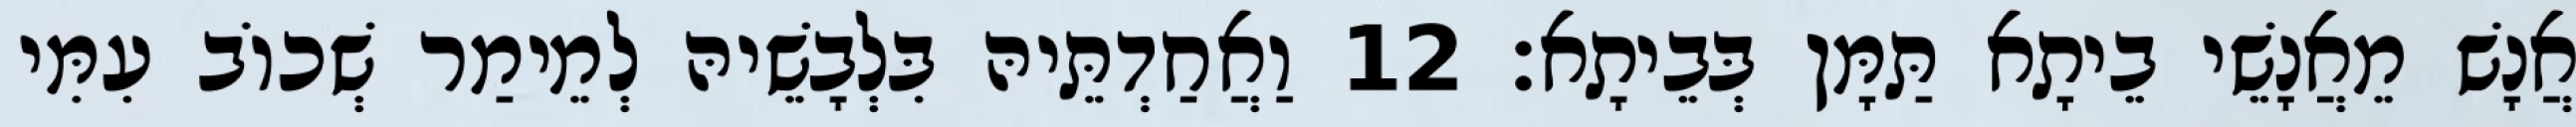
אֲנָשׁ מֵאֲנָשֵׁי בֵיתָא תַּמָּן בְּבֵיתָא׃ 12 וַאֲחַדְתֵּיהּ בִּלְבָשֵׁיהּ לְמֵימַר שְׁכוֹב עִמִּי